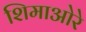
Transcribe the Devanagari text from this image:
शिमाओरे